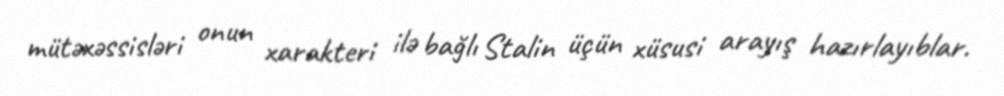
mütəxəssisləri onun xarakteri ilə bağlı Stalin üçün xüsusi arayış hazırlayıblar.